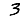
Digit: 3